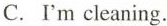
C. I'm cleaning.